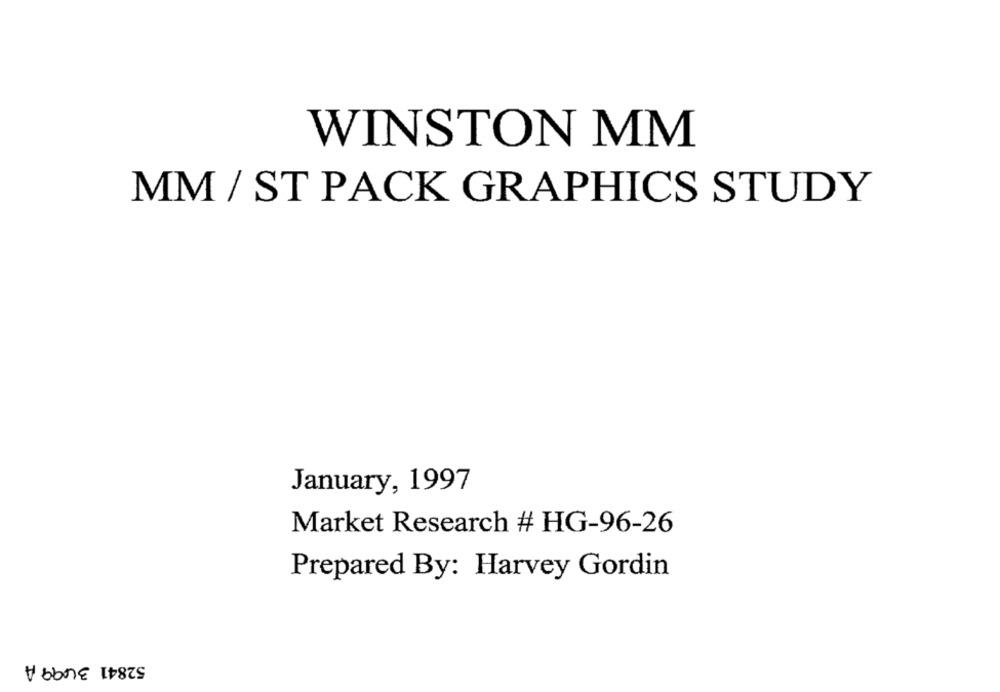
WINSTON MM
MM / ST PACK GRAPHICS STUDY
January, 1997
Market Research # HG-96-26
Prepared By: Harvey Gordin
52841 3499 A